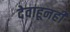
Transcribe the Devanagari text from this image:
देवाहूनही